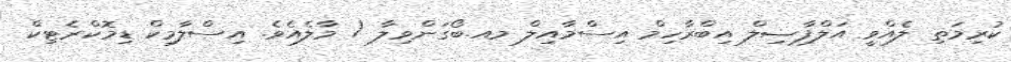
ކުރިމަތި ލެއްވީ އަލްފާޟިލް އިބްރާހިމް އިސްމާއިލް މއ.ބޯގަންވިލާ / މާލެއެވެ. އިސްލާމިކް ޑިމޮކްރެޓިކް